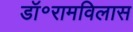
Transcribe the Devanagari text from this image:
डॉ॰रामविलास